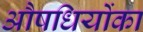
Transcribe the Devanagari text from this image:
औषधियोंका